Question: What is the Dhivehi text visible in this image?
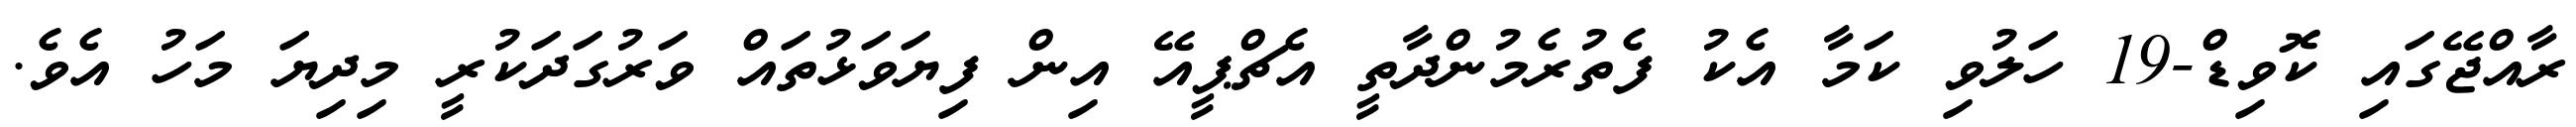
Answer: ރާއްޖޭގައި ކޮވިޑް-19 ހަލުވި ކަމާ އެކު ފެތުރެމުންދާތީ އެޗްޕީއޭ އިން ފިޔަވަޅުތައް ވަރުގަދަކުރީ މިދިޔަ މަހު އެވެ.